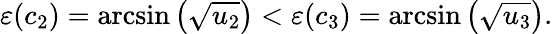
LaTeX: \varepsilon(c_{2})=\arcsin\left(\sqrt{u_{2}}\right)<\varepsilon(c_{3})=\arcsin\left(\sqrt{u_{3}}\right).